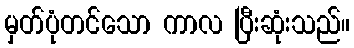
မှတ်ပုံတင်သော ကာလ ပြီးဆုံးသည်။